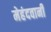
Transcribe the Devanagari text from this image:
मेहंदवानी